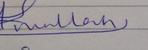
Signature authenticity: forged